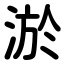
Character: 淤